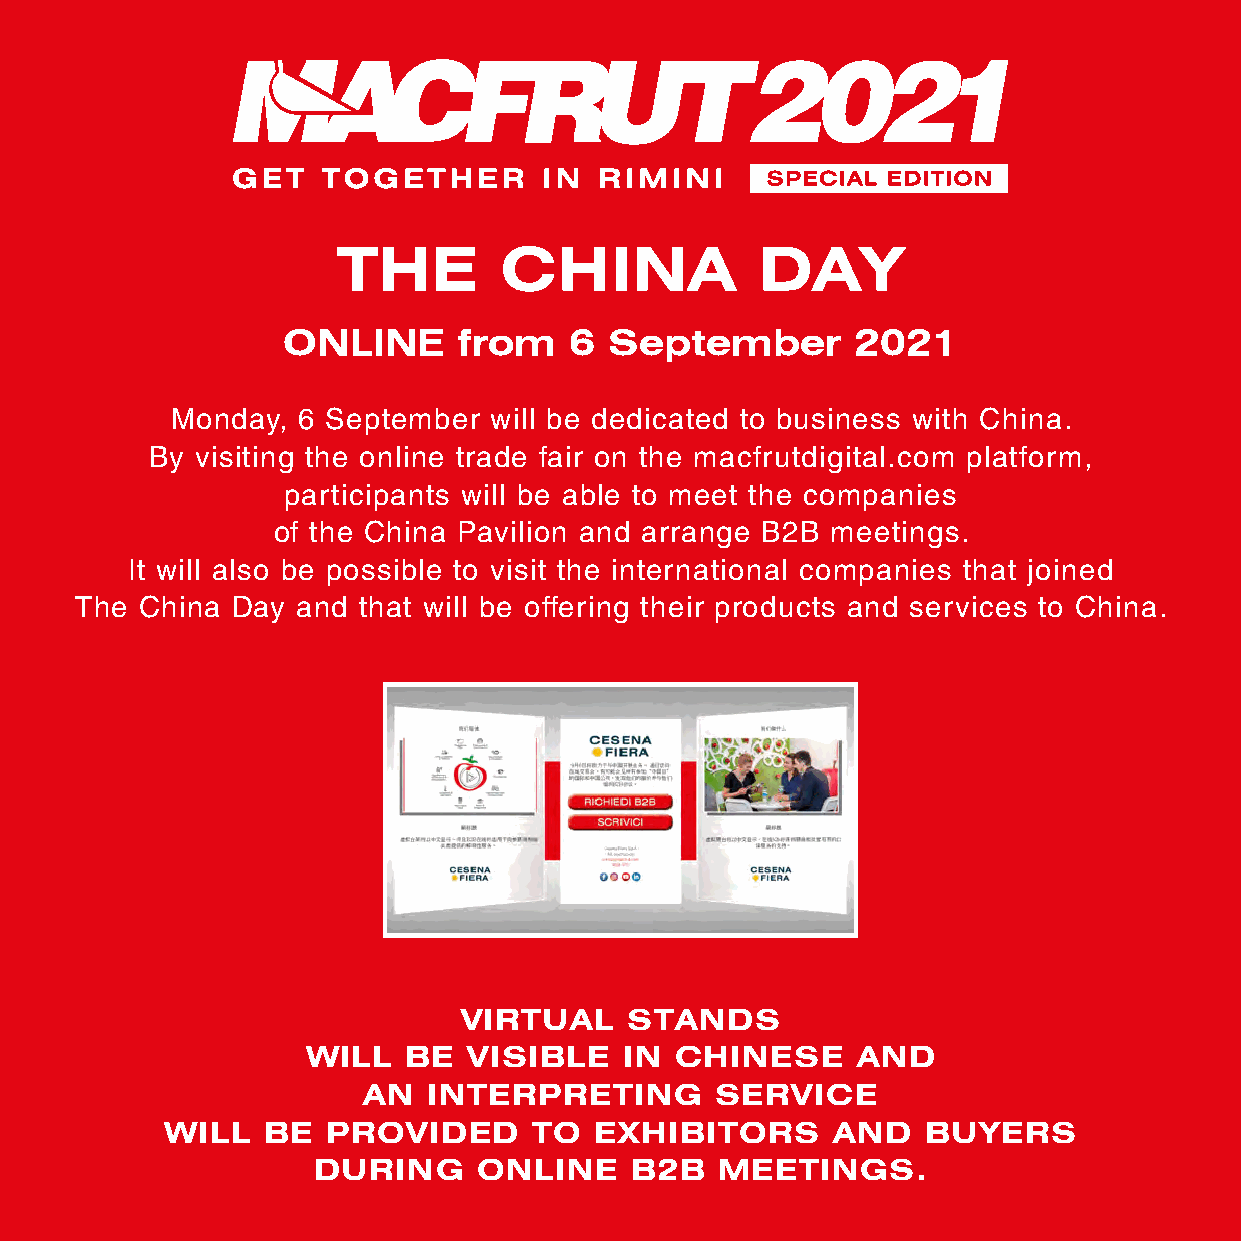
THE        CHINA            DAY
 ONLINE     from    6 September        2021
 Monday,  6 September will be dedicated to business with China.
 By visiting the online trade fair on the macfrutdigital.com platform,
 participants will be able to meet the companies
 of the China Pavilion and arrange B2B meetings.
 It will also be possible to visit the international companies that joined
 The China Day  and that will be offering their products and services to China.
 VIRTUAL    STANDS
 WILL   BE  VISIBLE   IN  CHINESE     AND
 AN  INTERPRETING       SERVICE
 WILL   BE  PROVIDED     TO  EXHIBITORS      AND   BUYERS
 DURING     ONLINE    B2B   MEETINGS.